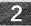
2